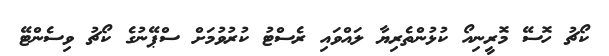
ކޯޗު ހޮސޭ މޮރީނިއޯ ކުޅުންތެރިޔާ ލައްވައި ރެސްޓު ކުރުވުމަށް ސްޕޭނުގެ ކޯޗު ވިސެންޓޭ